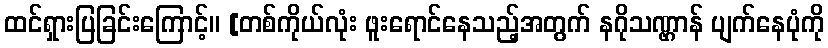
ထင်ရှားပြခြင်းကြောင့်။ [တစ်ကိုယ်လုံး ဖူးရောင်နေသည့်အတွက် နဂိုသဏ္ဌာန် ပျက်နေပုံကို